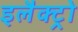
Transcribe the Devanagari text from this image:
इलैक्ट्रो